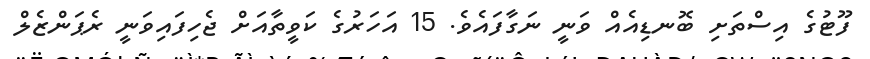
ފޫޓުގެ އިސްތަށި ބޮނޑިއެއް ވަނީ ނަގާފައެވެ. 15 އަހަރުގެ ކަވީތާއަށް ޖެހިފައިވަނީ ރެޕަންޒެލް